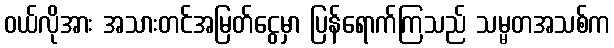
၀ယ်လိုအား အသားတင်အမြတ်ငွေမှာ ပြန်ရောက်ကြသည် သမ္မတအသစ်က